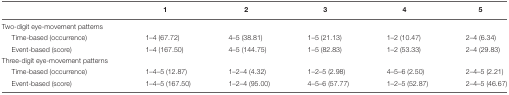
|  | 1 | 2 | 3 | 4 | 5 |
 | --- | --- | --- | --- | --- | --- |
 | Two-digit eye-movement patterns | <COLSPAN=5>  |
 | Time-based (occurrence) | 1–4 (67.72) | 4–5 (38.81) | 1–5 (21.13) | 1–2 (10.47) | 2–4 (6.34) |
 | Event-based (score) | 1–4 (167.50) | 4–5 (144.75) | 1–5 (82.83) | 1–2 (53.33) | 2–4 (29.83) |
 | Three-digit eye-movement patterns | <COLSPAN=5>  |
 | Time-based (occurrence) | 1–4–5 (12.87) | 1–2–4 (4.32) | 1–2–5 (2.98) | 4–5–6 (2.50) | 2–4–5 (2.21) |
 | Event-based (score) | 1–4–5 (167.50) | 1–2–4 (95.00) | 4–5–6 (57.77) | 1–2–5 (52.87) | 2–4–5 (46.67) |